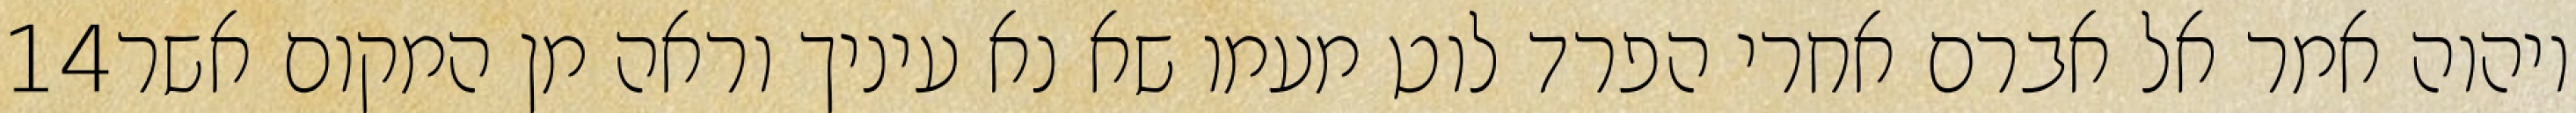
‎14‏ ויהוה אמר אל אברם אחרי הפרד לוט מעמו שא נא עיניך וראה מן המקום אשר